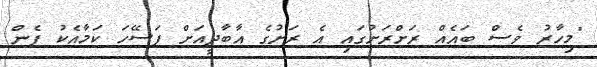
"މިހާރު ވެސް ބައެއް ރަށްރަށުގައި އެ ރަށުގެ އާބާދީއަށް ފަސޭހަ ކަމާއެކު ފެން